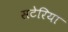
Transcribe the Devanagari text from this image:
सटेरिया